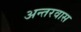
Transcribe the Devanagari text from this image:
अन्तरवास